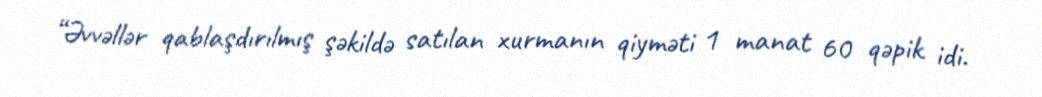
“Əvvəllər qablaşdırılmış şəkildə satılan xurmanın qiyməti 1 manat 60 qəpik idi.